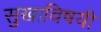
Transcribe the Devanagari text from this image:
सुखाविषयी